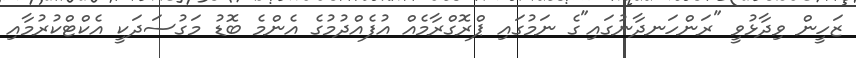
ޒަހީން ވިދާޅުވީ "ރަންހަނދާނުގައި"ގެ ނަމުގައި ޕްރޮގްރާމެއް އުފެއްދުމުގެ އެންމެ ބޮޑު މަގުސަދަކީ އެކްޓްކުރުމާއި